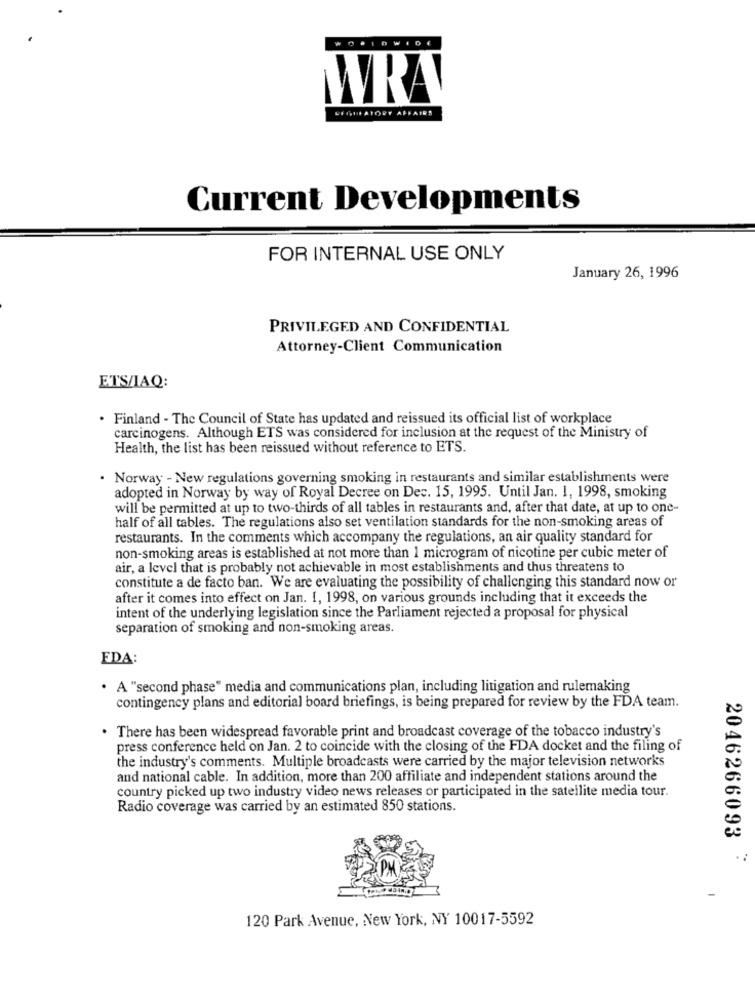
OFIOWID
UFGULATORY AFFAIRS
Current Developments
FOR INTERNAL USE ONLY
January 26, 1996
PRIVILEGED AND CONFIDENTIAL
Attorney-Client Communication
ETS/IAQ:
. Finland - The Council of State has updated and reissued its official list of workplace
carcinogens. Although ETS was considered for inclusion at the request of the Ministry of
Health, the list has been reissued without reference to ETS.
· Norway - New regulations governing smoking in restaurants and similar establishments were
adopted in Norway by way of Royal Decree on Dec. 15, 1995. Until Jan. 1, 1998, smoking
will be permitted at up to two-thirds of all tables in restaurants and, after that date, at up to one-
half of all tables. The regulations also set ventilation standards for the non-smoking areas of
restaurants. In the comments which accompany the regulations, an air quality standard for
non-smoking areas is established at not more than 1 microgram of nicotine per cubic meter of
air, a level that is probably not achievable in most establishments and thus threatens to
constitute a de facto ban. We are evaluating the possibility of challenging this standard now or
after it comes into effect on Jan. 1, 1998, on various grounds including that it exceeds the
intent of the underlying legislation since the Parliament rejected a proposal for physical
separation of smoking and non-smoking areas.
EDA
· A "second phase" media and communications plan, including litigation and rulemaking
contingency plans and editorial board briefings, is being prepared for review by the FDA team.
. There has been widespread favorable print and broadcast coverage of the tobacco industry's
press conference held on Jan. 2 to coincide with the closing of the FDA docket and the filing of
the industry's comments. Multiple broadcasts were carried by the major television networks
and national cable. In addition, more than 200 affiliate and independent stations around the
country picked up two industry video news releases or participated in the satellite media tour.
Radio coverage was carried by an estimated 850 stations.
2046266093
PM
120 Park Avenue, New York, NY 10017-5592